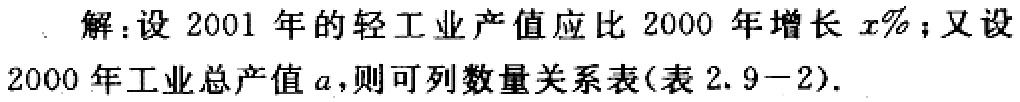
解：设2001年的轻工业产值应比2000年增长\(x\%\)；又设

2000年工业总产值\(a\)，则可列数量关系表(表2.9−2).